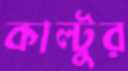
কাল্টুর